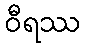
ဝီရဿ